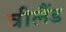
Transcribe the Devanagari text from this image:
वीलैंड